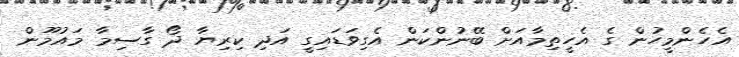
އެހެންމީހުން ގެ އެހީތިމާއަށް ބޭނުންކަން އެގިވަޑައިގީ އަދި ކިރިޔާ ދޯ ގާސިމާ މައުމޫން